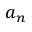
a _ { n }